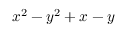
x ^ { 2 } - y ^ { 2 } + x - y